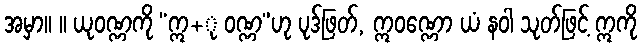
အမှာ။ ။ ယုဝဏ္ဏကို “ဣ+ု ဝဏ္ဏ”ဟု ပုဒ်ဖြတ်, ဣဝဏ္ဏော ယံ နဝါ သုတ်ဖြင့် ဣကို